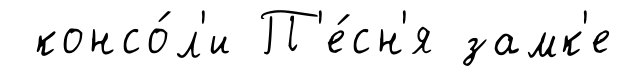
консо́л'и П'е́сн'я замк'е